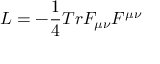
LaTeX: { \cal L } = - { \frac { 1 } { 4 } } T r F _ { \mu \nu } F ^ { \mu \nu }